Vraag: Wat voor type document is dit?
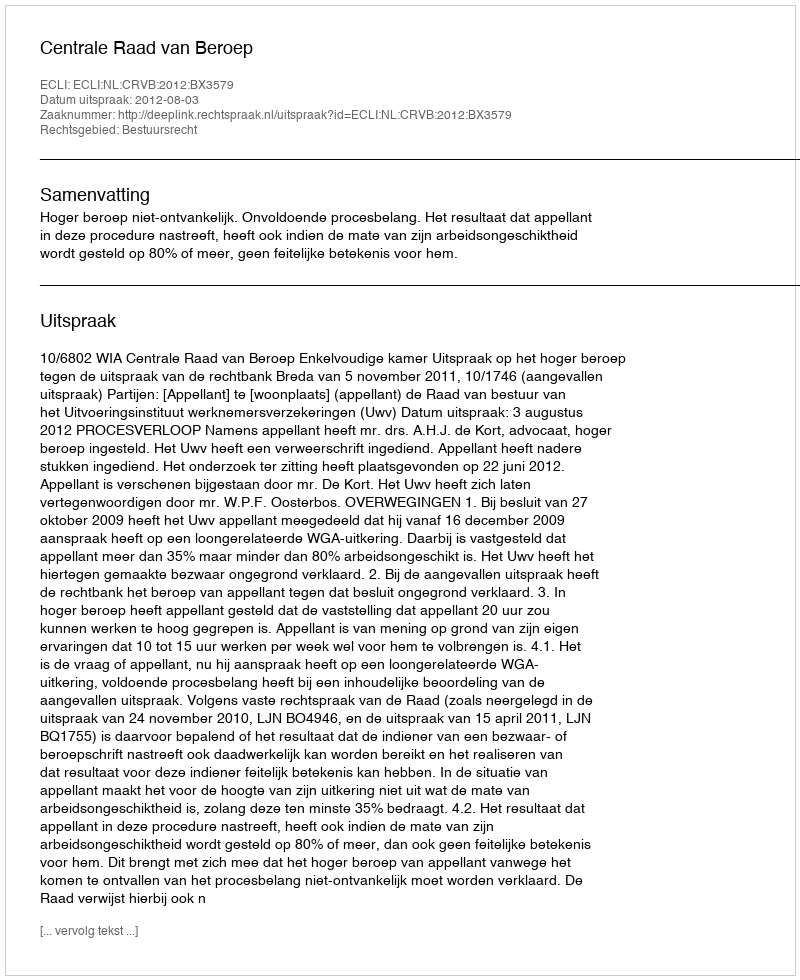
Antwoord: Uitspraak